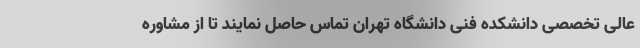
عالی تخصصی دانشکده فنی دانشگاه تهران تماس حاصل نمایند تا از مشاوره